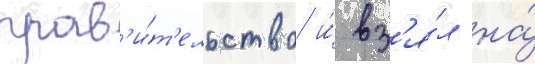
прав'и́т'ельство и́ вз'я́л на́